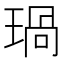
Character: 𤧗